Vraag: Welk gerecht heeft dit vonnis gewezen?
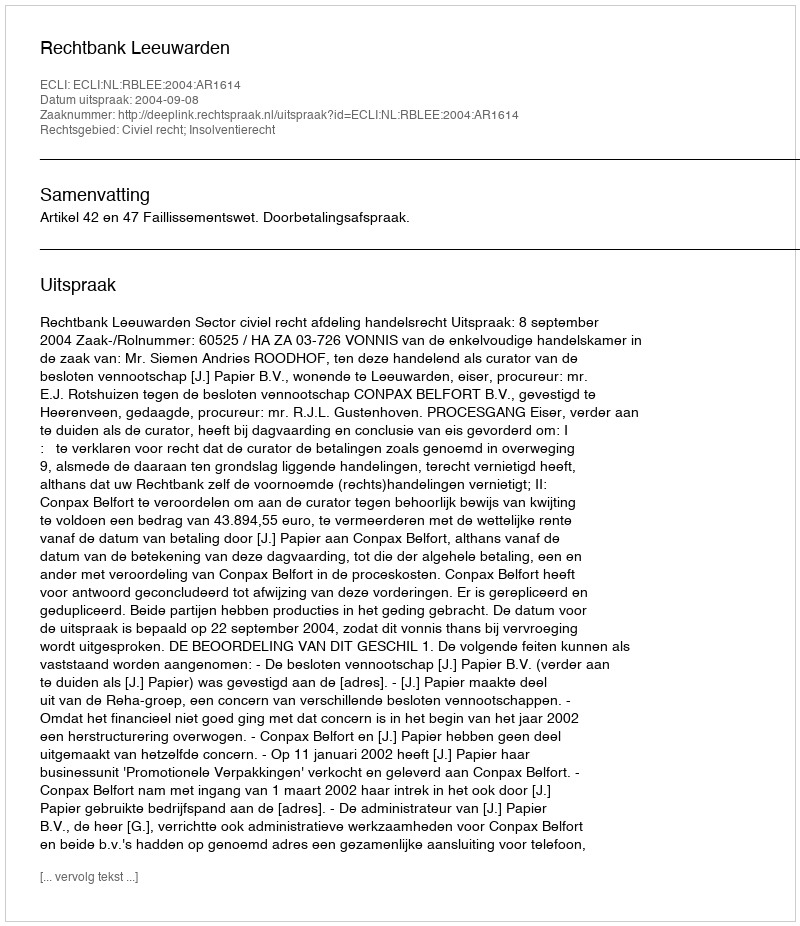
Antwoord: Rechtbank Leeuwarden